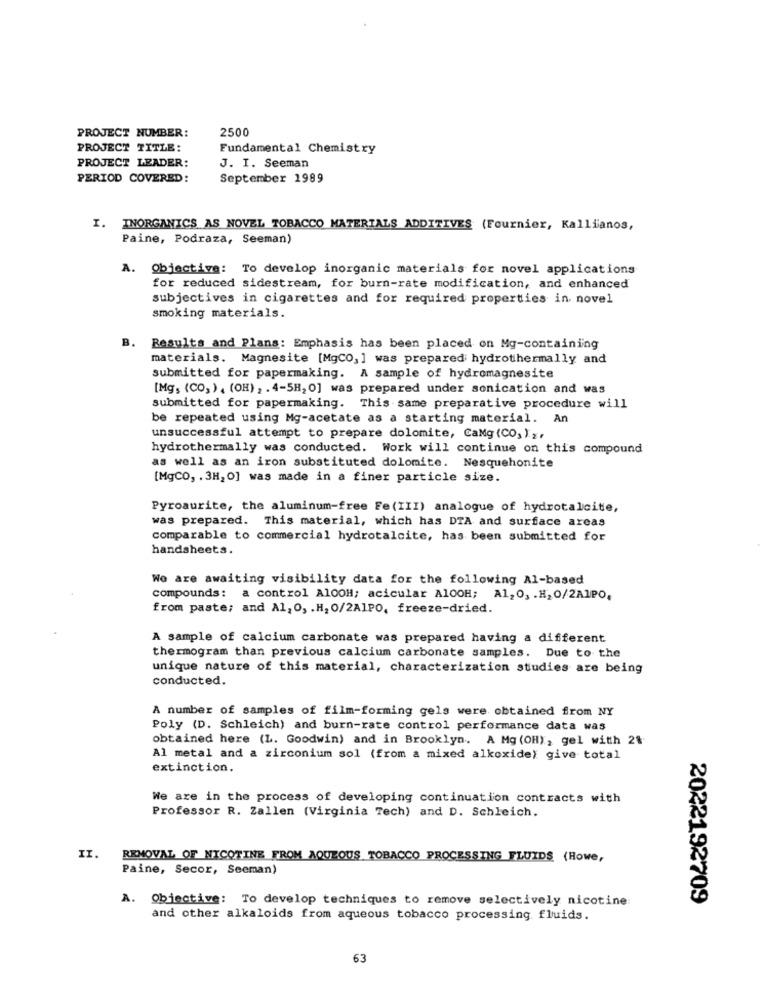
2500
PROJECT NUMBER:
PROJECT TITLE:
Fundamental Chemistry
PROJECT LEADER:
J. I. Seeman
PERIOD COVERED:
September 1989
I. INORGANICS AS NOVEL TOBACCO MATERIALS ADDITIVES (Fournier, Kallianos,
Paine, Podraza, Seeman)
A.
Objective: To develop inorganic materials for novel applications
for reduced sidestream, for burn-rate modification, and enhanced
subjectives in cigarettes and for required properties in novel
smoking materials.
B.
Results and Plans: Emphasis has been placed on Mg-containing
materials. Magnesite [MgCO, ] was prepared hydrothermally and
submitted for papermaking. A sample of hydromagnesite
[Mg, (CO, ) , (OH) , . 4-5H, 0] was prepared under sonication and was
submitted for papermaking. This same preparative procedure will
be repeated using Mg-acetate as a starting material. An
unsuccessful attempt to prepare dolomite, CaMg (CO2) ...
hydrothermally was conducted. Work will continue on this compound
as well as an iron substituted dolomite. Nesquehonite
[MgCO, . 3H, O] was made in a finer particle size.
Pyroaurite, the aluminum-free Fe (III) analogue of hydrotalcite,
was prepared. This material, which has DTA and surface areas
comparable to commercial hydrotalcite, has been submitted for
handsheets.
We are awaiting visibility data for the following Al-based
compounds: a control AlOOH; acicular A100H; Al, O, . H. O/2A1PO,
from paste; and Al, O, . H. 0/2A1PO, freeze-dried.
A sample of calcium carbonate was prepared having a different
thermogram than previous calcium carbonate samples. Due to the
unique nature of this material, characterization studies are being
conducted.
A number of samples of film-forming gels were obtained from NY
Poly (D. Schleich) and burn-rate control performance data was
obtained here (L. Goodwin) and in Brooklyn. A Mg (OH), gel with 2%
Al metal and a zirconium sol (from a mixed alkoxide) give total
extinction.
We are in the process of developing continuation contracts with
Professor R. Zallen (Virginia Tech) and D. Schleich.
II. REMOVAL OF NICOTINE FROM AQUEOUS TOBACCO PROCESSING FLUIDS (Howe,
Paine, Secor, Seeman)
A. Objective: To develop techniques to remove selectively nicotine
2022192709
and other alkaloids from aqueous tobacco processing. fluids.
63